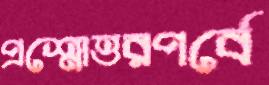
প্রশ্নোত্তরপর্বে